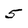
Character: 5